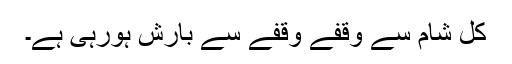
کل شام سے وقفے وقفے سے بارش ہورہی ہے۔